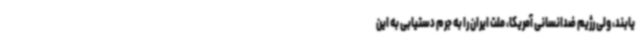
یابند، ولی رژیم ضدانسانی آمریکا، ملت ایران را به جرم دستیابی به این